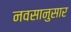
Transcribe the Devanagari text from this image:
नवसानुसार